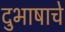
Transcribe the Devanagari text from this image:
दुभाषाचे